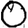
Digit: 0